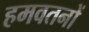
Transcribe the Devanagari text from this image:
हमवतनों